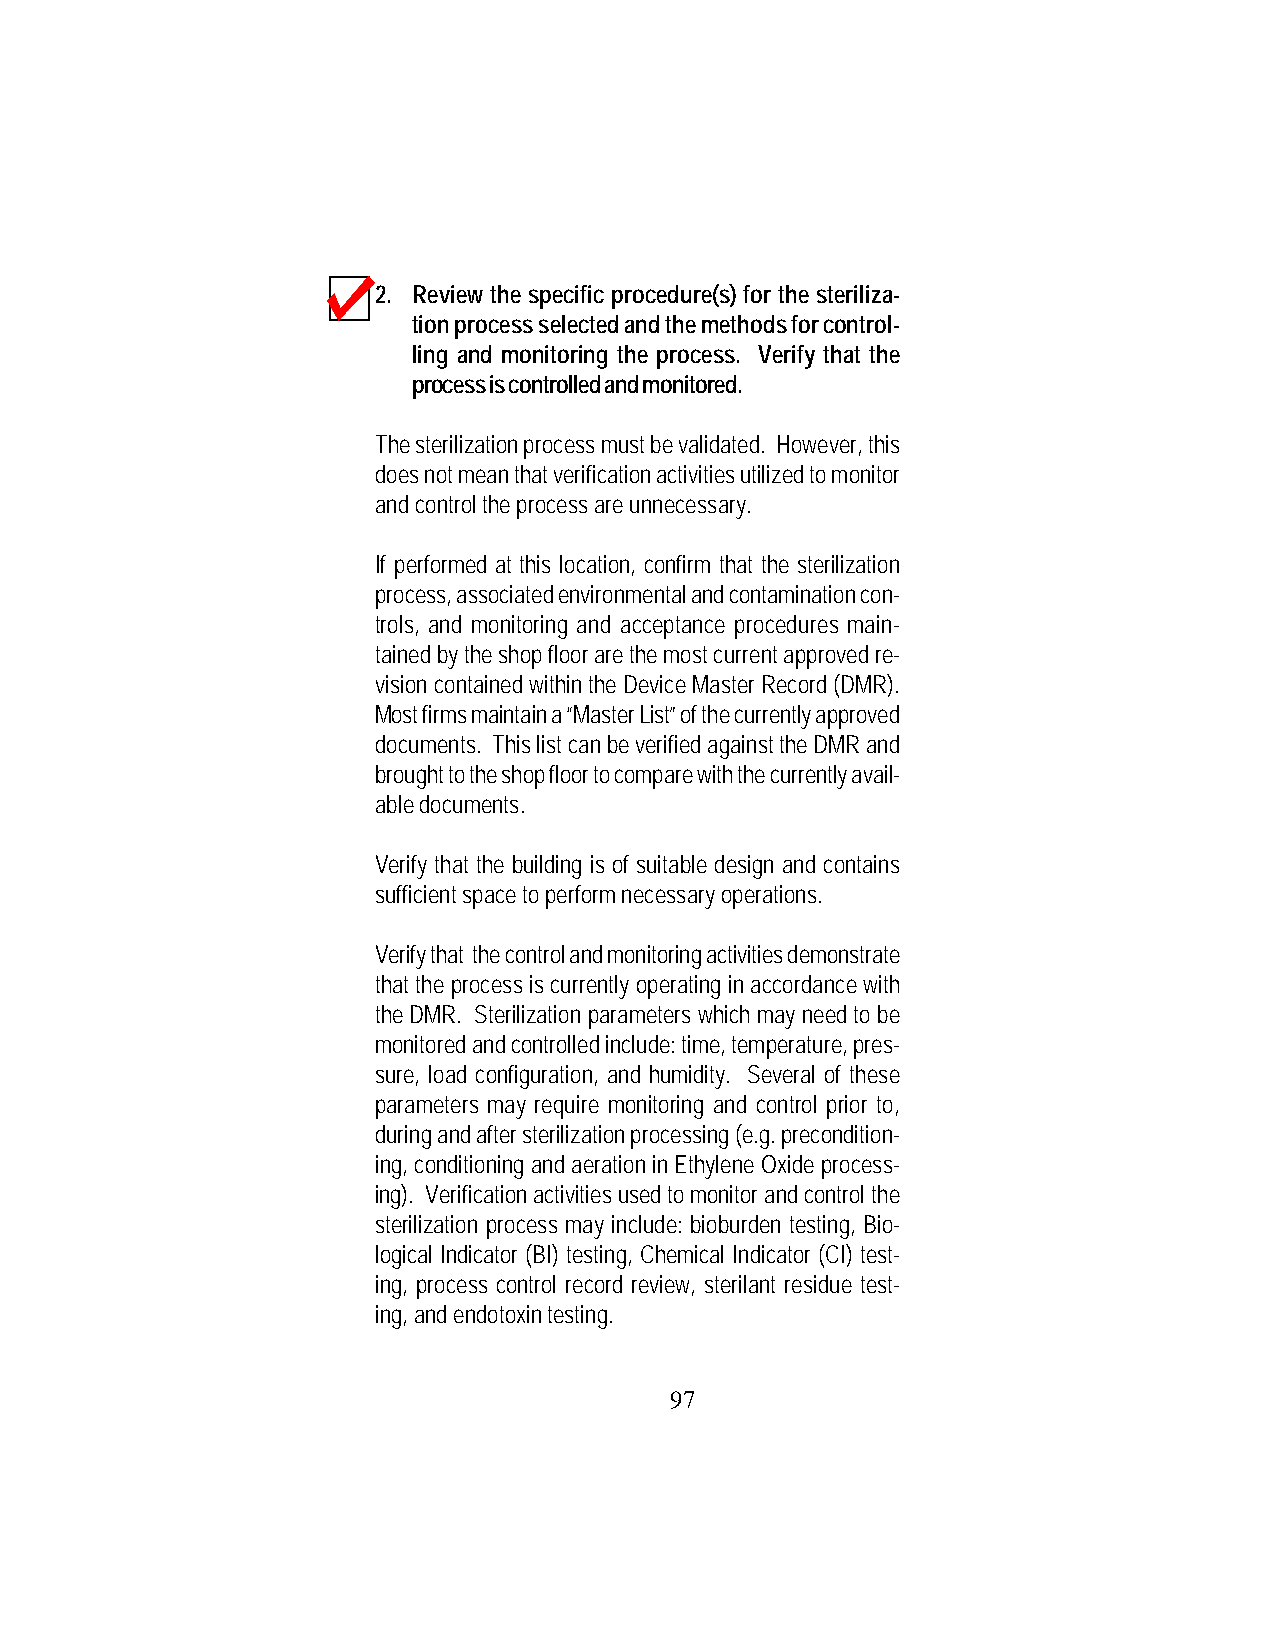
2. Review the specific procedure(s) for the steriliza-
 tion process selected and the methods for control-
 ling and monitoring the process. Verify that the
 process is controlled and monitored.
 The sterilization process must be validated. However, this
 does not mean that verification activities utilized to monitor
 and control the process are unnecessary.
 If performed at this location, confirm that the sterilization
 process, associated environmental and contamination con-
 trols, and monitoring and acceptance procedures main-
 tained by the shop floor are the most current approved re-
 vision contained within the Device Master Record (DMR).
 Most firms maintain a “Master List” of the currently approved
 documents. This list can be verified against the DMR and
 brought to the shop floor to compare with the currently avail-
 able documents.
 Verify that the building is of suitable design and contains
 sufficient space to perform necessary operations.
 Verify that the control and monitoring activities demonstrate
 that the process is currently operating in accordance with
 the DMR. Sterilization parameters which may need to be
 monitored and controlled include: time, temperature, pres-
 sure, load configuration, and humidity. Several of these
 parameters may require monitoring and control prior to,
 during and after sterilization processing (e.g. precondition-
 ing, conditioning and aeration in Ethylene Oxide process-
 ing). Verification activities used to monitor and control the
 sterilization process may include: bioburden testing, Bio-
 logical Indicator (BI) testing, Chemical Indicator (CI) test-
 ing, process control record review, sterilant residue test-
 ing, and endotoxin testing.
 97